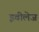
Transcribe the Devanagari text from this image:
इवीलेज